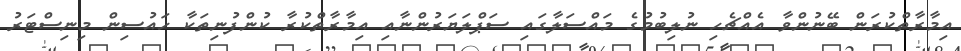
އިމާރާތްކުރަން ބޭނުންވާ އެއްޗެހި ނުލިބުމުގެ މައްސަލާގައި ސަޕްލަޔަރުންނާއި އިމާރާތްކުރާ ކުންފުނިތަކާ ހައުސިން މިނިސްޓަރު